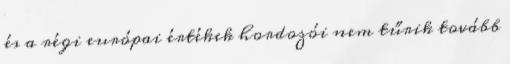
és a régi európai értékek hordozói nem tűrik tovább